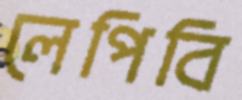
লেপিবি